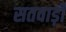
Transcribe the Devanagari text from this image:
सतवाड़ी